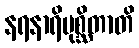
နရနာရိပုစ္ဆိတာတိ